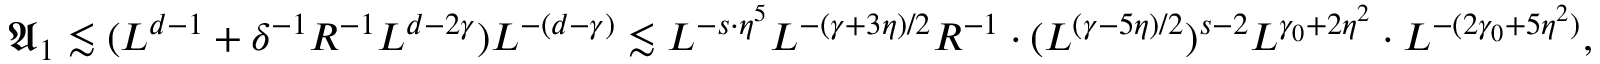
\mathfrak A _ { 1 } \lesssim ( L ^ { d - 1 } + \delta ^ { - 1 } R ^ { - 1 } L ^ { d - 2 \gamma } ) L ^ { - ( d - \gamma ) } \lesssim L ^ { - s \cdot \eta ^ { 5 } } L ^ { - ( \gamma + 3 \eta ) / 2 } R ^ { - 1 } \cdot ( L ^ { ( \gamma - 5 \eta ) / 2 } ) ^ { s - 2 } L ^ { \gamma _ { 0 } + 2 \eta ^ { 2 } } \cdot L ^ { - ( 2 \gamma _ { 0 } + 5 \eta ^ { 2 } ) } ,